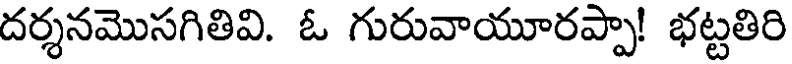
దర్శనమొసగితివి. ఓ గురువాయూరప్పా! భట్టతిరి